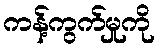
ကန့်ကွက်မှုကို